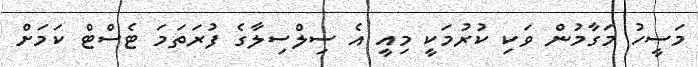
މަސީހު މަގާމުން ވަކި ކުރުމަކީ މިއީ އެ ސިލްސިލާގެ ފުރަތަމަ ޓެސްޓް ކަމަށް